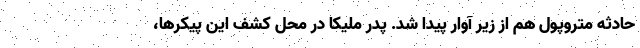
حادثه متروپول هم از زیر آوار پیدا شد. پدر ملیکا در محل کشف این پیکرها،